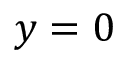
y = 0